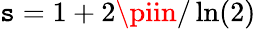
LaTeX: \mathtt{s}=1+2\piin/\ln(2)